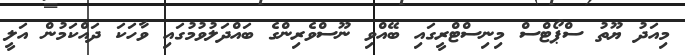
މިއަދު ޔޫތު ސްޕޯޓްސް މިނިސްޓްރީގައި ބޭއްވި ނޫސްވެރިންގެ ބައްދަލުވުމުގައި ވާހަކަ ދައްކަމުން އަލީ